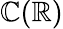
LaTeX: \mathbb{C}(\mathbb{{R}})